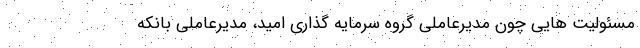
مسئولیت هایی چون مدیرعاملی گروه سرمایه گذاری امید، مدیرعاملی بانکه